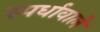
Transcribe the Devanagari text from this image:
स्पर्धावाले